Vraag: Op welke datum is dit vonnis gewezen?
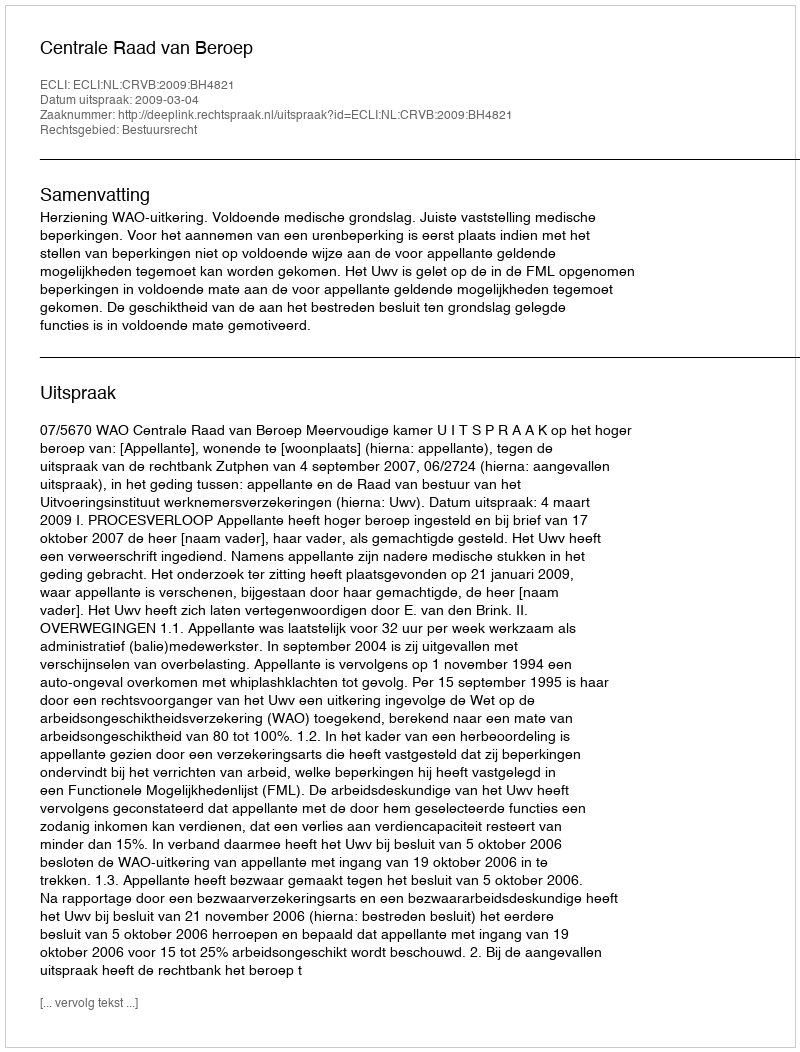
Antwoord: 2009-03-04